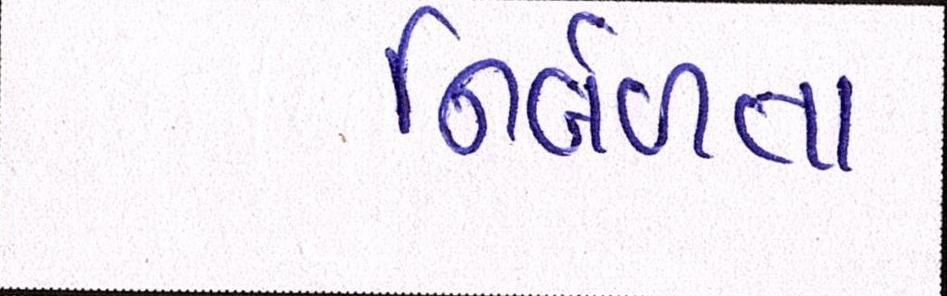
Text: નિર્બળતા